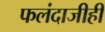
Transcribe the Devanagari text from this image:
फलंदाजीही